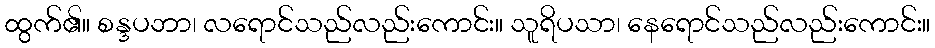
ထွက်၏။ စန္ဒပဘာ၊ လရောင်သည်လည်းကောင်း။ သူရိပသာ၊ နေရောင်သည်လည်းကောင်း။